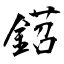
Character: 鍣